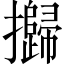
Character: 𢹾